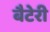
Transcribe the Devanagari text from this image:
बैटेरी